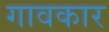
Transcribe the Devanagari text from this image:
गावकार